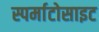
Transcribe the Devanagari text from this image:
स्पर्माटोसाइट